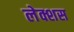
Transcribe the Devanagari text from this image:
लेक्शस